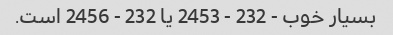
بسیار خوب - 232 - 2453 یا 232 - 2456 است.